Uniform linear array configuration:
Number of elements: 24
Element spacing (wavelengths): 1
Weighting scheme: hann
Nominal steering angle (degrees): -45
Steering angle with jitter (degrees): -46.966
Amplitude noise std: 0.05
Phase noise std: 0.05

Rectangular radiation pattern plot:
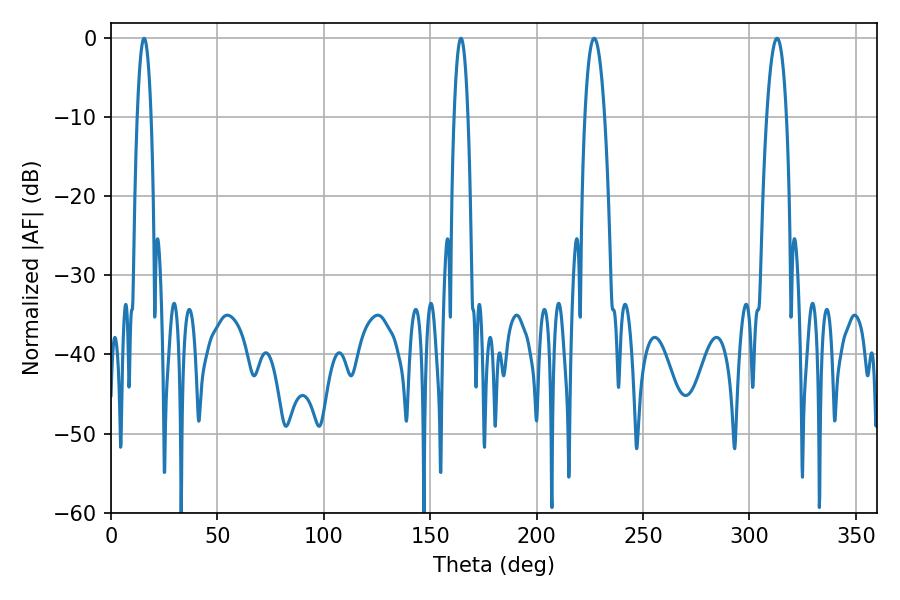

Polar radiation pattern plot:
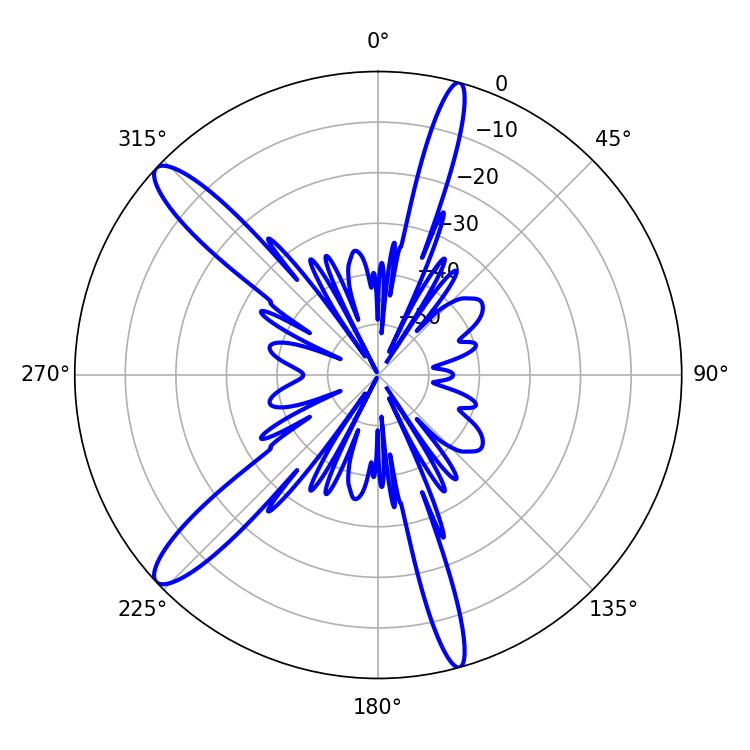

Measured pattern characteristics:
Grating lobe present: TRUE
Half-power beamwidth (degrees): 5.22
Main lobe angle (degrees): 226.98